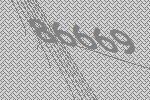
86669